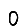
Digit: 0